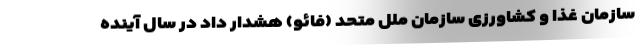
سازمان غذا و کشاورزی سازمان ملل متحد (فائو) هشدار داد در سال آینده